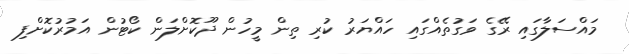
މައްސަލާގައި ރޭގެ ވަގުތެއްގައި ހައްޔަރު ކުރި ތިން މީހުން ދޫކޮށްލަން ކޯޓުން އަމުރުކޮށްފި